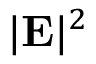
| { \bf E } | ^ { 2 }